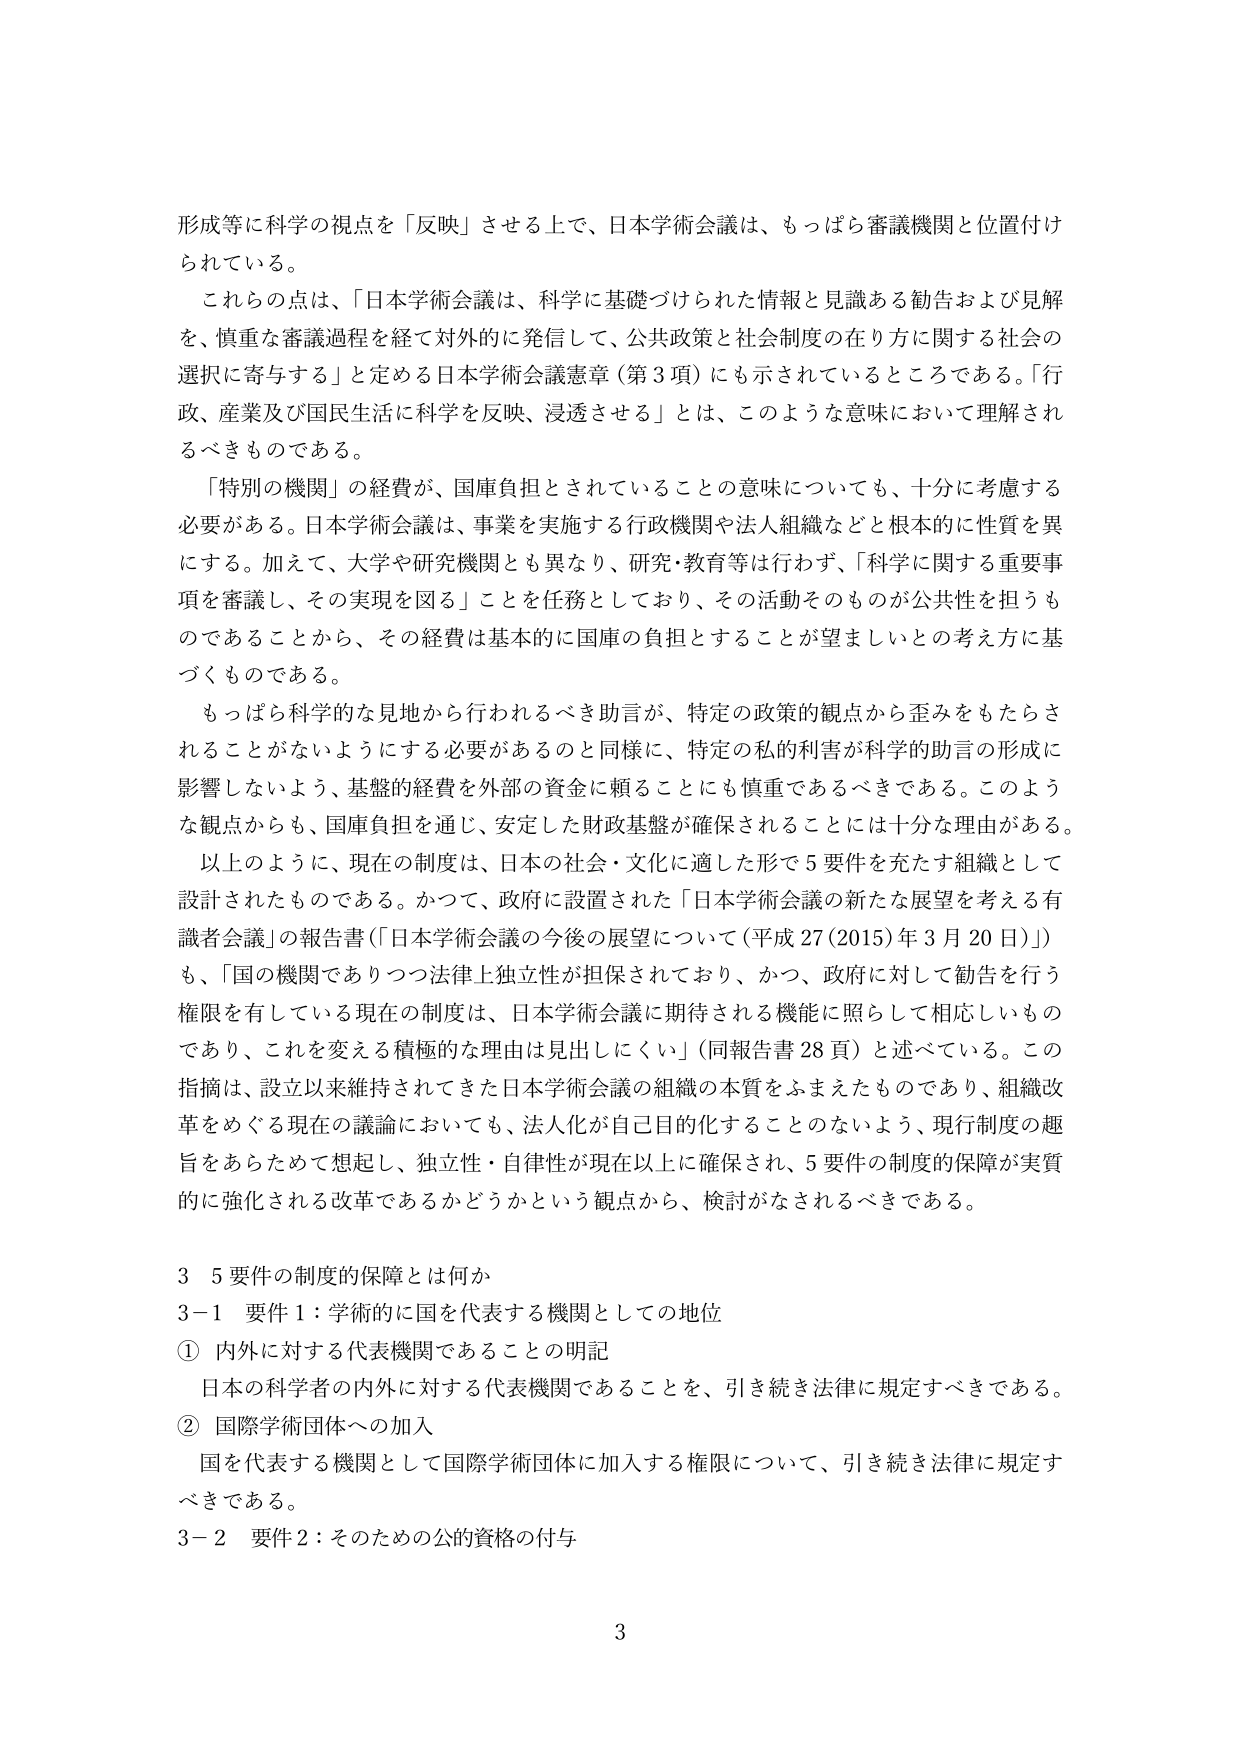
形成等に科学の視点を「反映」させる上で、日本学術会議は、もっぱら審議機関と位置付けられている。

これらの点は、「日本学術会議は、科学に基づけられた情報と見識ある勧告および見解を、慎重な審議過程を経て対外的に発信して、公共政策と社会制度の在り方に関する社会の選択に寄与する」と定める日本学術会議憲章（第3項）にも示されているところである。「行政、産業及び国民生活に科学を反映、浸透させる」とは、このような意味において理解されるべきものである。

「特別の機関」の経費が、国庫負担とされていることの意味についても、十分に考慮する必要がある。日本学術会議は、事業を実施する行政機関や法人組織などと根本的に性質を異にする。加えて、大学や研究機関とも異なり、研究・教育等は行わず、「科学に関する重要事項を審議し、その実現を図る」ことを任務としており、その活動そのものが公共性を担うものであることから、その経費は基本的に国庫の負担とすることが望ましいとの考え方に基づくものである。

もっぱら科学的な見地から行われるべき助言が、特定の政策的観点から歪みをもたらされることがないようにする必要があるのと同様に、特定の私的利害が科学的助言の形成に影響しないよう、基盤的経費を外部の資金に頼ることにも慎重であるべきである。このような観点からも、国庫負担を通じ、安定した財政基盤が確保されることには十分な理由がある。

以上のように、現在の制度は、日本の社会・文化に適した形で5要件を充たす組織として設計されたものである。かつて、政府に設置された「日本学術会議の新たな展望を考える有識者会議」の報告書（「日本学術会議の今後の展望について（平成27（2015）年3月20日）」）も、「国の機関でありつつ法律上独立性が担保されており、かつ、政府に対して勧告を行う権限を有している現在の制度は、日本学術会議に期待される機能に照らして相応しいものであり、これを変える積極的な理由は見出しにくい」（同報告書28頁）と述べている。この指摘は、設立以来維持されてきた日本学術会議の組織の本質をふまえたものであり、組織改革をめぐる現在の議論においても、法人化が自己目的化することのないよう、現行制度の趣旨をあらためて想起し、独立性・自律性が現在以上に確保され、5要件の制度的保障が実質的に強化される改革であるかどうかという観点から、検討がなされるべきである。

3　5要件の制度的保障とは何か

3－1　要件1：学術的に国を代表する機関としての地位

①　内外に対する代表機関であることの明記

日本の科学者の内外に対する代表機関であることを、引き続き法律に規定すべきである。

②　国際学術団体への加入

国を代表する機関として国際学術団体に加入する権限について、引き続き法律に規定すべきである。

3－2　要件2：そのための公的資格の付与

3